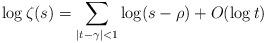
LaTeX: \begin{align*}\log \zeta(s) = \sum_{|t - \gamma| < 1} \log (s - \rho) + O(\log t) \end{align*}